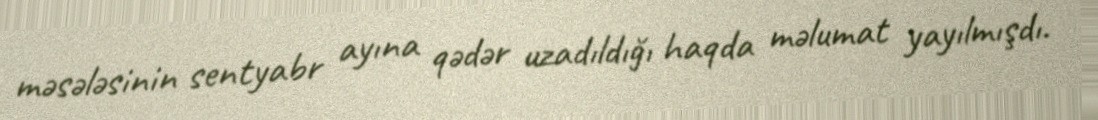
məsələsinin sentyabr ayına qədər uzadıldığı haqda məlumat yayılmışdı.